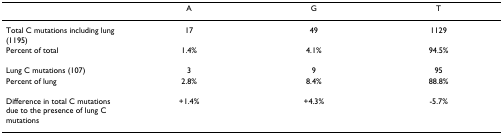
<table><thead><tr><td></td><td><b>A</b></td><td><b>G</b></td><td><b>T</b></td></tr></thead><tbody><tr><td>Total C mutations including lung (1195)</td><td>17</td><td>49</td><td>1129</td></tr><tr><td>Percent of total</td><td>1.4%</td><td>4.1%</td><td>94.5%</td></tr><tr><td>Lung C mutations (107)</td><td>3</td><td>9</td><td>95</td></tr><tr><td>Percent of lung</td><td>2.8%</td><td>8.4%</td><td>88.8%</td></tr><tr><td>Difference in total C mutations due to the presence of lung C mutations</td><td>+1.4%</td><td>+4.3%</td><td>-5.7%</td></tr></tbody></table>